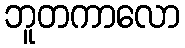
ဘူတကာလော